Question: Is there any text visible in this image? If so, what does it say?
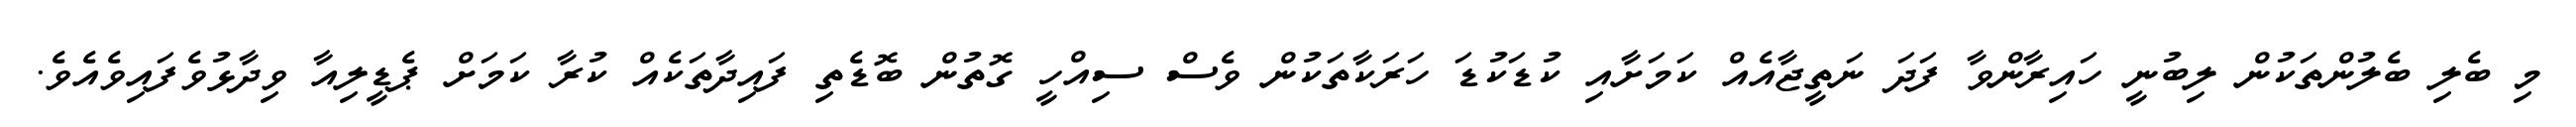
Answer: މި ބެލި ބެލުންތަކުން ލިބުނީ ހައިރާންވާ ފަދަ ނަތީޖާއެއް ކަމަށާއި ކުޑަކުޑަ ހަރަކާތަކުން ވެސް ސިއްހީ ގޮތުން ބޮޑެތި ފައިދާތަކެއް ކުރާ ކަމަށް ޕެޑީލިއާ ވިދާޅުވެފައިވެއެވެ.